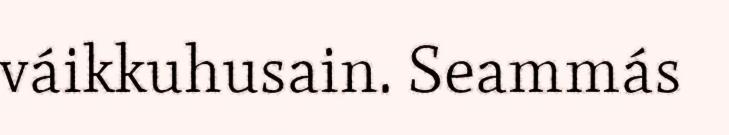
váikkuhusain. Seammás